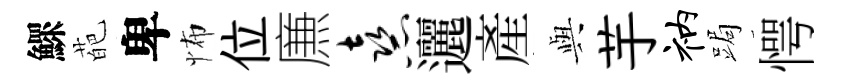
鰥葩卑怖位㢘熹邐産𫤰芋衲跼愕